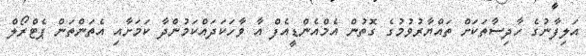
އަލިފާނުގެ ހާދިސާތަކަށް ތައްޔާރުވުމުގެ ގޮތުން އެމްއެންޑީއެފް އާ ވާހަކަދައްކަމުންދާ ކަމަށާއި އެތަންތަން ޕެޓްރޯލް